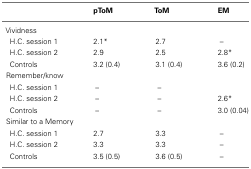
<table><thead><tr><td></td><td><b>pToM</b></td><td><b>ToM</b></td><td><b>EM</b></td></tr></thead><tbody><tr><td colspan="4">Vividness</td></tr><tr><td> H.C. session 1</td><td>2.1*</td><td>2.7</td><td>–</td></tr><tr><td> H.C. session 2</td><td>2.9</td><td>2.5</td><td>2.8*</td></tr><tr><td> Controls</td><td>3.2 (0.4)</td><td>3.1 (0.4)</td><td>3.6 (0.2)</td></tr><tr><td colspan="4">Remember/know</td></tr><tr><td> H.C. session 1</td><td>–</td><td>–</td><td></td></tr><tr><td> H.C. session 2</td><td>–</td><td>–</td><td>2.6*</td></tr><tr><td> Controls</td><td>–</td><td>–</td><td>3.0 (0.04)</td></tr><tr><td colspan="4">Similar to a Memory</td></tr><tr><td> H.C. session 1</td><td>2.7</td><td>3.3</td><td>–</td></tr><tr><td> H.C. session 2</td><td>3.3</td><td>3.3</td><td>–</td></tr><tr><td> Controls</td><td>3.5 (0.5)</td><td>3.6 (0.5)</td><td>–</td></tr></tbody></table>